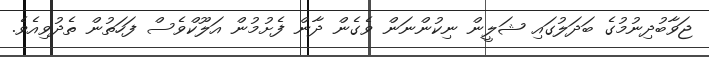
ޖަވާބުދިނުމުގެ ބަދަލުގައި ޝަލީން ނިކުންނަން ވެގެން ދާން ފެށުމުން އަލޫކްވެސް ފަހަތުން ތެދުވިއެވެ.